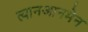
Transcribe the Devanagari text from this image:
त्यानआनमेन